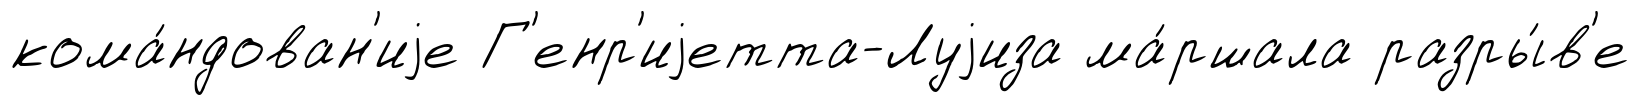
кома́ндован'иjе Г'енр'иjетта-Луjиза ма́ршала разры́в'е